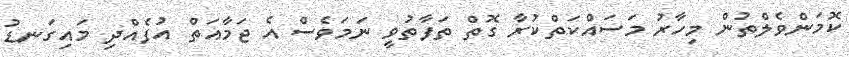
ކޮމަންވެލްތުން މިހާރު މަސައްކަތްކުރާ ގޮތް ތަފާތުވީ ނަމަވެސް އެ ޖަމާއަތް އުފެއްދި މައިގަނޑު